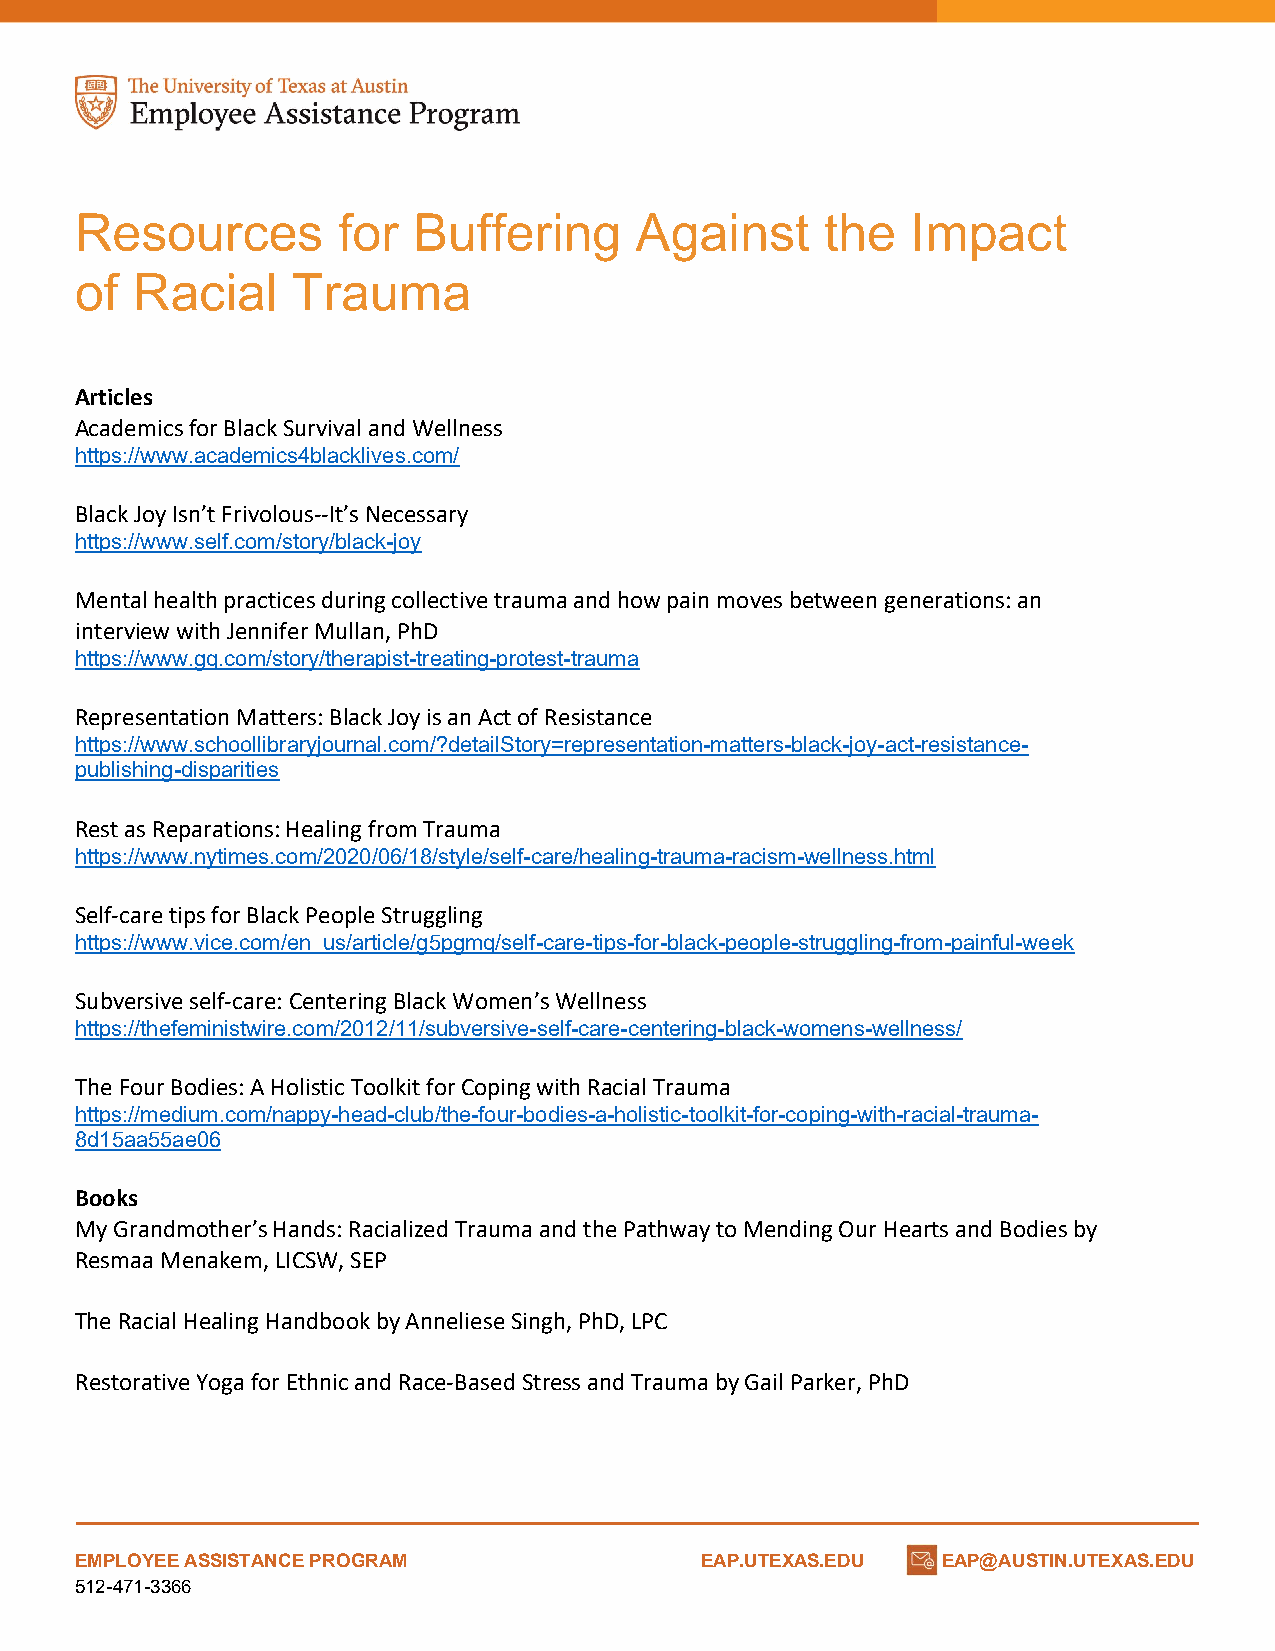
Resources        for  Buffering      Against      the  Impact
 of  Racial    Trauma
 Articles
 Academics for Black Survival and Wellness
 https://www.academics4blacklives.com/
 Black Joy Isn’t Frivolous--It’s Necessary
 https://www.self.com/story/black-joy
 Mental health practices during collective trauma and how pain moves between generations: an
 interview with Jennifer Mullan, PhD
 https://www.gq.com/story/therapist-treating-protest-trauma
 Representation Matters: Black Joy is an Act of Resistance
 https://www.schoollibraryjournal.com/?detailStory=representation-matters-black-joy-act-resistance-
 publishing-disparities
 Rest as Reparations: Healing from Trauma
 https://www.nytimes.com/2020/06/18/style/self-care/healing-trauma-racism-wellness.html
 Self-care tips for Black People Struggling
 https://www.vice.com/en_us/article/g5pgmq/self-care-tips-for-black-people-struggling-from-painful-week
 Subversive self-care: Centering Black Women’s Wellness
 https://thefeministwire.com/2012/11/subversive-self-care-centering-black-womens-wellness/
 The Four Bodies: A Holistic Toolkit for Coping with Racial Trauma
 https://medium.com/nappy-head-club/the-four-bodies-a-holistic-toolkit-for-coping-with-racial-trauma-
 8d15aa55ae06
 Books
 My Grandmother’s Hands: Racialized Trauma and the Pathway to Mending Our Hearts and Bodies by
 Resmaa Menakem, LICSW, SEP
 The Racial Healing Handbook by Anneliese Singh, PhD, LPC
 Restorative Yoga for Ethnic and Race-Based Stress and Trauma by Gail Parker, PhD
 EMPLOYEE ASSISTANCE PROGRAM              EAP.UTEXAS.EDU  EAP@AUSTIN.UTEXAS.EDU
 512-471-3366